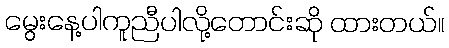
မွေးနေ့ပါကူညီပါလို့တောင်းဆို ထားတယ်။